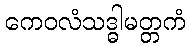
ကေဝလံသဒ္ဓါမတ္တကံ